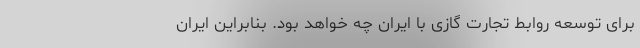
برای توسعه روابط تجارت گازی با ایران چه خواهد بود. بنابراین ایران